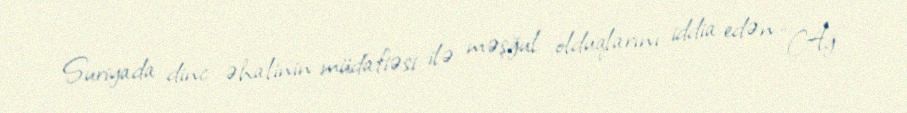
Suriyada dinc əhalinin müdafiəsi ilə məşğul olduqlarını iddia edən “Ağ